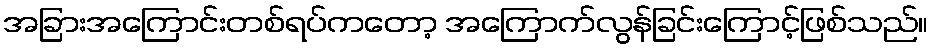
အခြားအကြောင်းတစ်ရပ်ကတော့ အကြောက်လွန်ခြင်းကြောင့်ဖြစ်သည်။